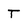
Character: T